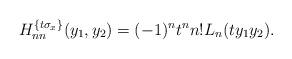
LaTeX: \begin{align*}H_{nn}^{\{t\sigma_x\}}(y_1,y_2)=(-1)^nt^nn!L_n(ty_1y_2).\end{align*}